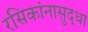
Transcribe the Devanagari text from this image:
रसिकांनासुद्धा